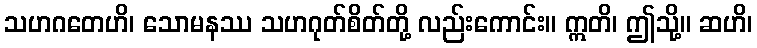
သဟဂတေဟိ၊ သောမနဿ သဟဂုတ်စိတ်တို့ လည်းကောင်း။ ဣတိ၊ ဤသို့။ ဆဟိ၊